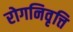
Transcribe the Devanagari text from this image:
रोगनिवृत्ति